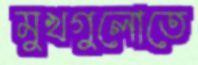
মুখগুলোতে